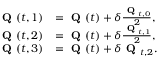
\begin{array} { r l } { \textbf { Q } ( t , { 1 } ) } & { = \textbf { Q } ( t ) + \delta \frac { \textbf { Q } _ { t , 0 } } { 2 } , } \\ { \textbf { Q } ( t , { 2 } ) } & { = \textbf { Q } ( t ) + \delta \frac { \textbf { Q } _ { t , 1 } } { 2 } , } \\ { \textbf { Q } ( t , { 3 } ) } & { = \textbf { Q } ( t ) + \delta \textbf { Q } _ { t , 2 } . } \end{array}